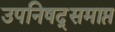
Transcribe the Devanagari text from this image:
उपनिषद्समाप्त